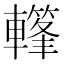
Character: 𨎳